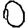
Digit: 0